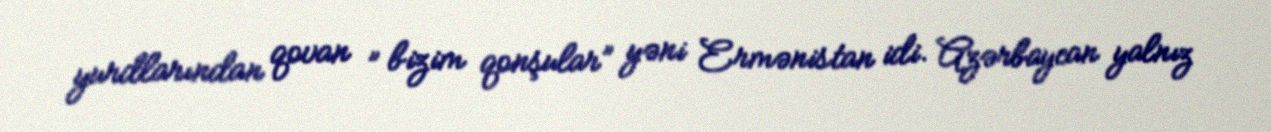
yurdlarından qovan ” bizim qonşular” yəni Ermənistan idi. Azərbaycan yalnız